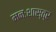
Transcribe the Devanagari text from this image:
मनःशास्त्र